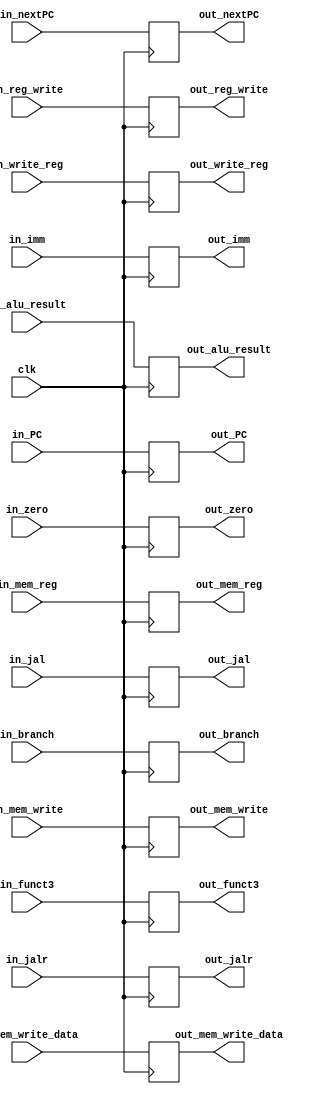
module executeMem(clk,
	in_alu_result, 
	in_zero, 
	in_funct3,
	in_branch,
	in_jal,
	in_jalr,
	in_imm,
	in_mem_write_data, 
	in_reg_write,
	in_mem_reg,
	in_mem_write, 
	in_PC,
	in_nextPC, 
	in_write_reg,
	out_alu_result, 
	out_mem_write_data,
	out_mem_write,
	out_write_reg,
	out_reg_write,
	out_nextPC,
	out_mem_reg,
	out_jal,
	out_jalr,
	out_branch,
	out_imm, 
	out_funct3,
	out_zero, 
	out_PC); 

    // the clock signal 
    input wire clk; 

    // input state
	 input wire [31:0] in_alu_result;
	 input wire in_zero; 
	 input wire [2:0] in_funct3;
    input wire in_reg_write;
	 input wire [31:0] in_imm;
	 input wire [31:0] in_mem_write_data; 
	 input wire in_jal;
    input wire in_jalr;
	 input wire in_branch;
    input wire in_mem_reg;
	 input wire in_mem_write; 
	 input wire [31:0] in_PC;
    input wire [31:0] in_nextPC;
    
	 // necessary for collision detection 
    input wire [4:0] in_write_reg;  

    // output state 
    output reg [31:0] out_imm;
	 output reg [31:0] out_mem_write_data;
	 output reg [31:0] out_alu_result; 
    output reg out_reg_write;
    output reg out_mem_reg;
	 output reg out_mem_write; 
    output reg out_branch;
    output reg out_jal;
    output reg out_jalr;
	 output reg out_zero; 
    output reg [2:0] out_funct3;
	 output reg [31:0] out_PC;
    output reg [31:0] out_nextPC;
    output reg [4:0] out_write_reg;

    always @(posedge clk) begin 

         out_imm <= in_imm;
			out_mem_write_data <= in_mem_write_data;
			out_alu_result <= in_alu_result; 
         out_reg_write <= in_reg_write;
         out_mem_reg <= in_mem_reg;
			out_mem_write <= in_mem_write;
         out_branch <= in_branch;
         out_jal <= in_jal;
         out_jalr <= in_jalr;
         out_funct3 <= in_funct3;
         out_nextPC <= in_nextPC;
         out_write_reg <= in_write_reg; 
			out_PC <= in_PC; 
			out_zero <= in_zero; 


    end  


endmodule